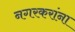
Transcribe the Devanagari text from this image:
नगरकरांना